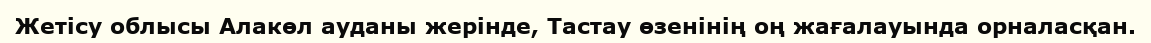
Жетісу облысы Алакөл ауданы жерінде, Тастау өзенінің оң жағалауында орналасқан.